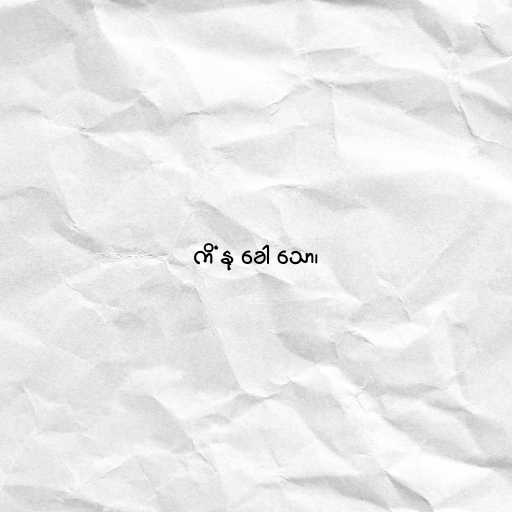
ကိံ နု ခေါ သော၊